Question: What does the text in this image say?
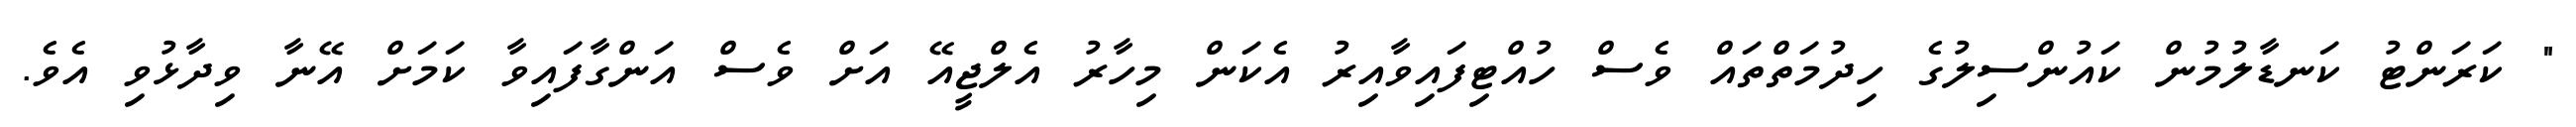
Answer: " ކަރަންޓު ކަނޑާލުމުން ކައުންސިލުގެ ހިދުމަތްތައް ވެސް ހުއްޓިފައިވާއިރު އެކަން މިހާރު އެލްޖީއޭ އަށް ވެސް އަންގާފައިވާ ކަމަށް އޭނާ ވިދާޅުވި އެވެ.